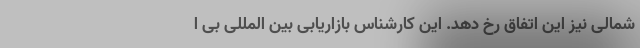
شمالی نیز این اتفاق رخ دهد. این کارشناس بازاریابی بین المللی بی ا